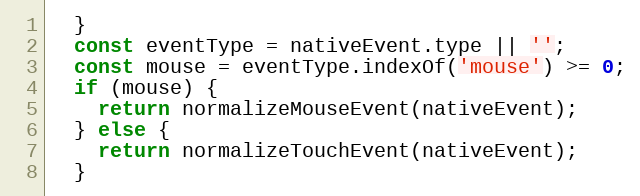
Language: JavaScript
  }
  const eventType = nativeEvent.type || '';
  const mouse = eventType.indexOf('mouse') >= 0;
  if (mouse) {
    return normalizeMouseEvent(nativeEvent);
  } else {
    return normalizeTouchEvent(nativeEvent);
  }